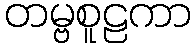
တမ္ဗစူဠကာ